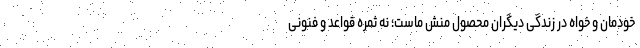
خودمان و خواه در زندگی دیگران محصول منش ماست؛ نه ثمره قواعد و فنونی